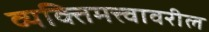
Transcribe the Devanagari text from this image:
व्यक्तिमत्त्वावरील